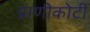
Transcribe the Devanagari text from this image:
प्राणीकोटी